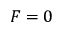
F = 0